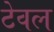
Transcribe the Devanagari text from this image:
टेवल